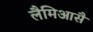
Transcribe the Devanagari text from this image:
लैमिआसै